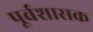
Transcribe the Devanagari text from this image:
पूर्वशासक